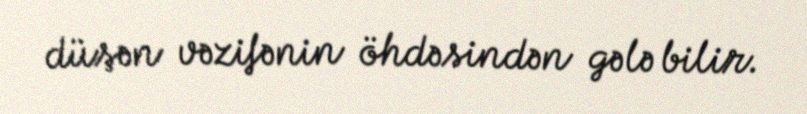
düşən vəzifənin öhdəsindən gələ bilir.